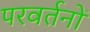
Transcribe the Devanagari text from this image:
परवर्तनों